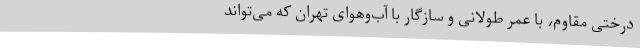
درختی مقاوم، با عمر طولانی و سازگار با آب‌وهوای تهران که می‌تواند